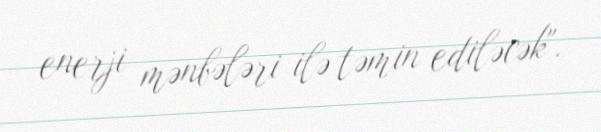
enerji mənbələri ilə təmin ediləcək".